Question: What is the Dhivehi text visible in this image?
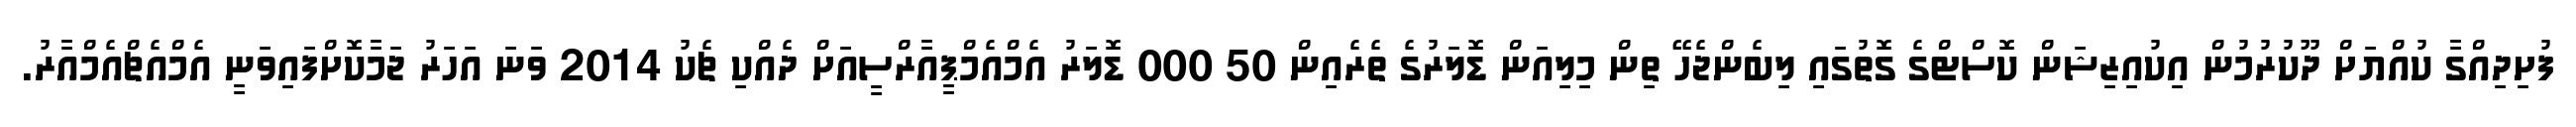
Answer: ފުށިދިއްގާ ކުއްޔަށް ދޫކުރުމުން އިކުއިޒިޝަން ކޮސްޓްގެ ގޮތުގައި ލިބެންޖެހޭ ތިން މިލިއަން ޑޮލަރުގެ ތެރެއިން 50 000 ޑޮލަރު އެމްއެމްޕީއާރްސީއަށް ދެއްކި ޗެކު 2014 ވަނަ އަހަރު ޖަމާކޮށްފައިވަނީ އެމްއެޗްއެމްއާރު.